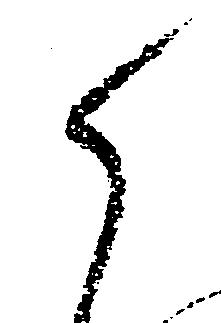
ら